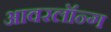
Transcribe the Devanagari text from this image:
आवरलॉन्ग